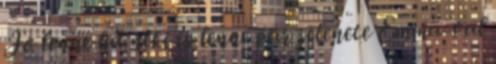
Jó lenne ha neki is lenne pár jelenete Emma-val